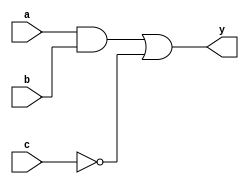
module simple_continuous_assignment (
    input wire a,      // Input signal a
    input wire b,      // Input signal b
    input wire c,      // Input signal c
    output wire y      // Output signal y
);

// Continuous assignment using the assign statement
// Here, y is assigned the result of a AND b OR NOT c
assign y = (a & b) | ~c;

endmodule